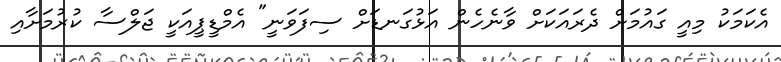
އެކަމަކު މިއީ ގައުމަށް ދެރައަކަށް ވާނެހެން އަޅުގަނޑަށް ސިފަވަނީ" އެމްޑީޕީއަކީ ޖަލްސާ ކުރުމަށާއި